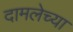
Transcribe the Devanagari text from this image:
दामलेच्या